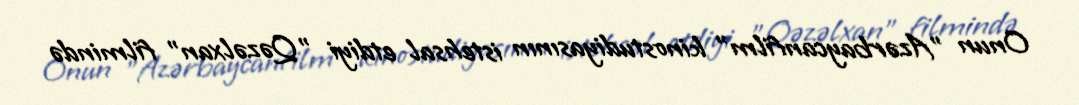
Onun "Azərbaycanfilm" kinostudiyasının istehsal etdiyi "Qəzəlxan" filmində